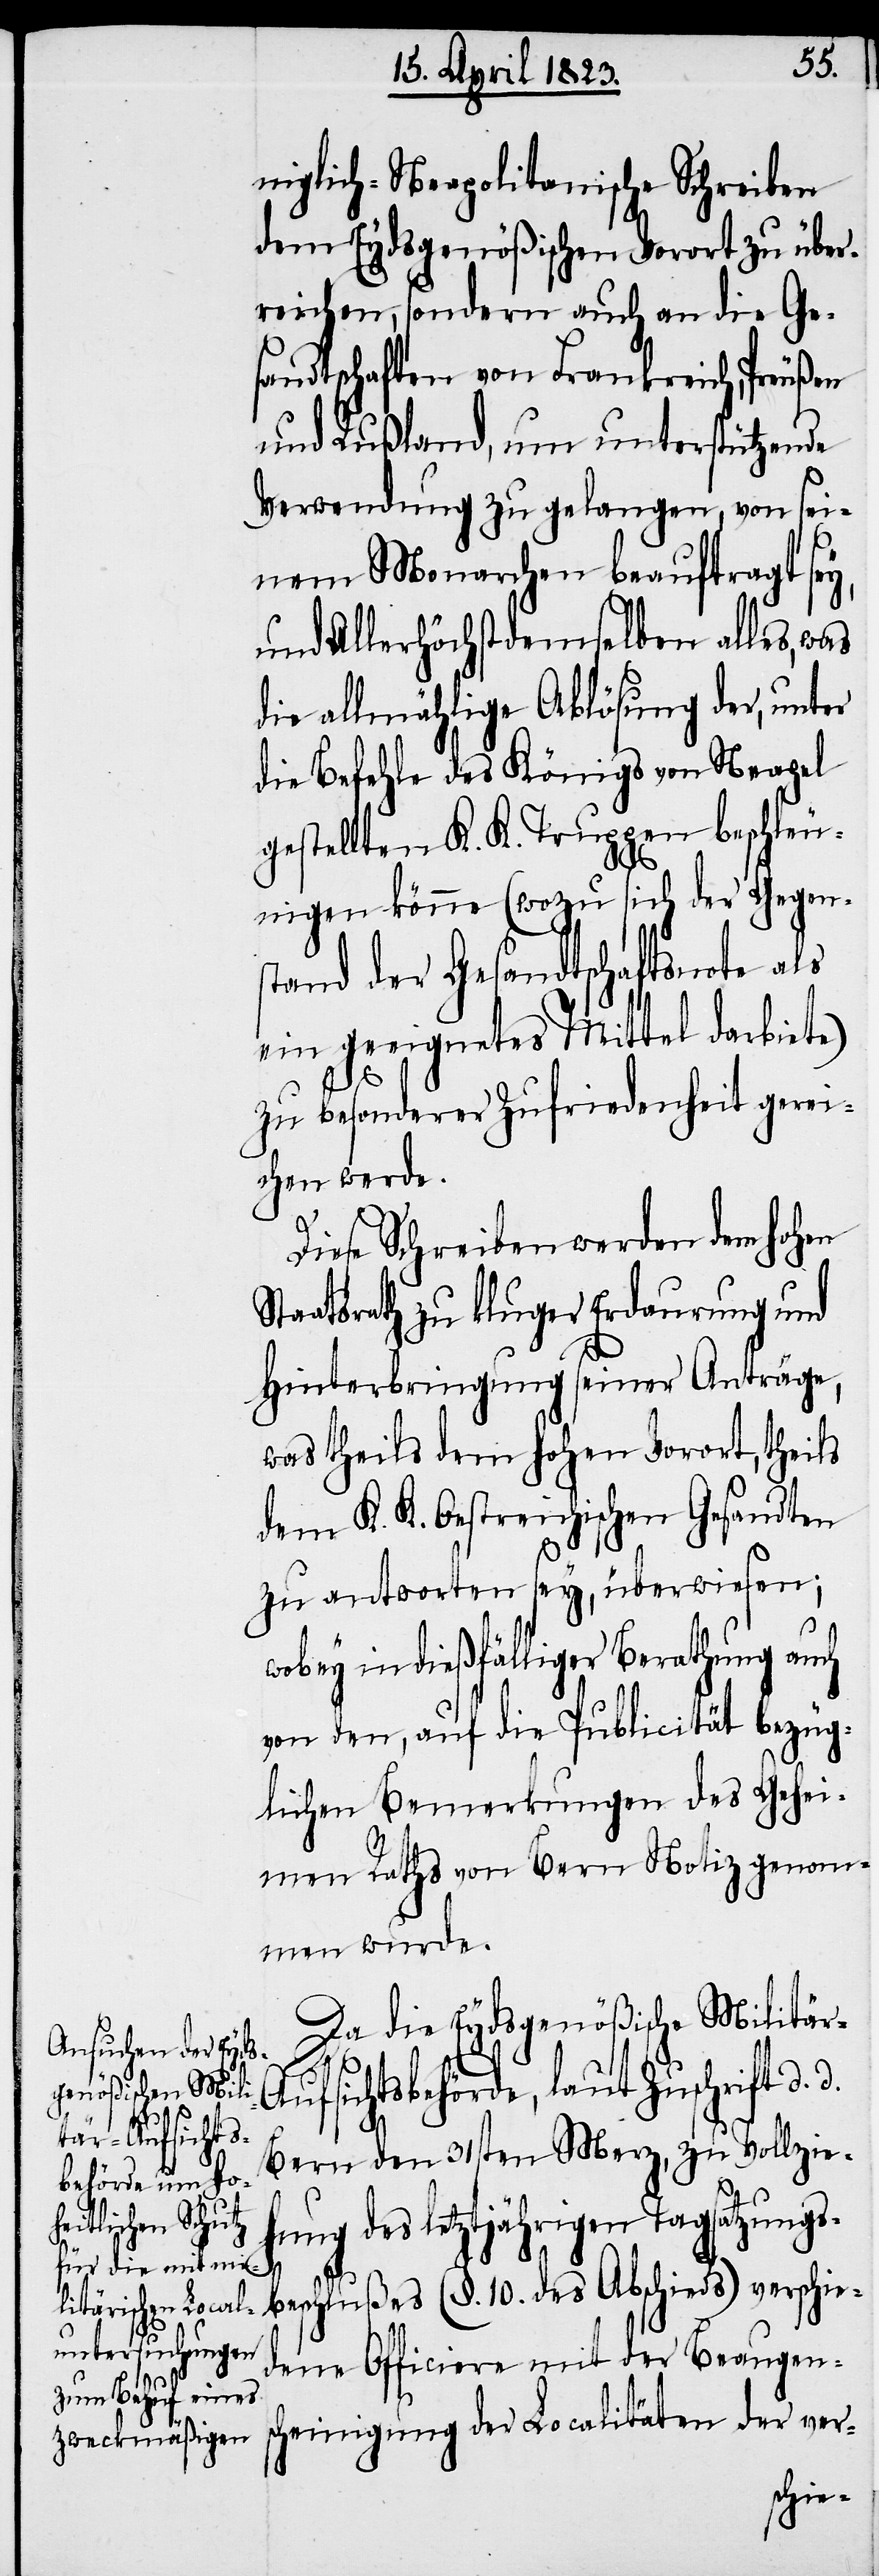
r-A¬
niglich-Neapolitanische Schreiben
dem Eydsgenößischen Vorort zu über¬
reichen, sondern auch an die Ge¬
sandtschaften von Frankreich, Preußen
und Rußland, um unterstützende
Verwendung zu gelangen, von sei¬
nem Monarchen beauftragt sey,
und Allerhöchstdemselben alles, was
die allmählige Ablösung der, unter
die Befehle des Königs von Neapel
gestellten K. K. Truppen beschleu¬
nigen könne (wozu sich der Gegen¬
stand der Gesandtschaftsnote als
ein geeignetes Mittel darbiete)
zu besonderer Zufriedenheit gerei¬
chen werde.
Diese Schreiben werden dem hohen
Staatsrath zu kluger Erdaurung und
Hinterbringung seiner Anträge,
was theils dem hohen Vorort, theils
dem K. K. Oestreichischen Gesandten
zu antworten sey, überwiesen;
wobey in dießfälliger Berathung auch
von den, auf die Publicität bezüg¬
lichen Bemerkungen des Gehei¬
men Raths von Bern Notiz genomm¬
en wurde.
Da die Eydsgenößische Militä¬
ufsichtsbehörde, laut Zuschrift d.
Bern den 31sten Merz, zu Vollzie¬
hung des letztjährigen Tagsatzungs¬
beschlußes (§. 10. des Abschieds) verschied¬
ene Officiere mit der Beaugens¬
cheinigung der Localitäten der ver-